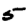
Digit: 5